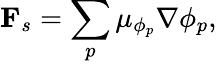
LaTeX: \mathbf{F}_{s}=\sum_{p}\mu_{\phi_{p}}\nabla\phi_{p},